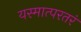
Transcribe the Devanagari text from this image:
यस्मात्परतरं